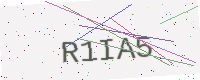
Text: R1IA5